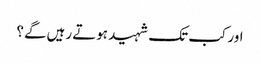
اور کب تک شہید ہوتے رہیں گے؟